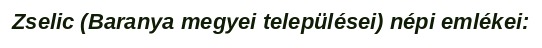
Zselic (Baranya megyei települései) népi emlékei: